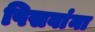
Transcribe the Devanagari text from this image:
पिसवांना